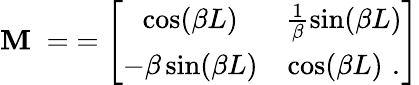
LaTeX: \texttt{\textbf{M}}\; =\; =\left[\begin{array}{cc}{\cos(\beta L)}&{\frac{1}{\beta}\sin(\beta L)}\\ {-\beta\sin(\beta L)}&{\cos(\beta L)\, \, .}\end{array}\right]